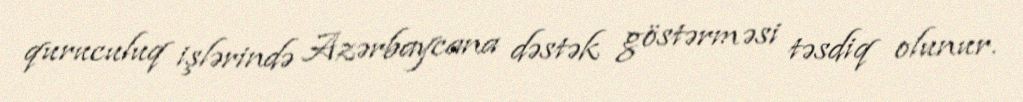
quruculuq işlərində Azərbaycana dəstək göstərməsi təsdiq olunur.